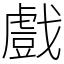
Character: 戲